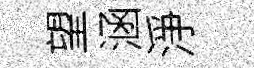
望涵淨